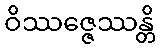
ဝိဿဇ္ဇေဿန္တိ